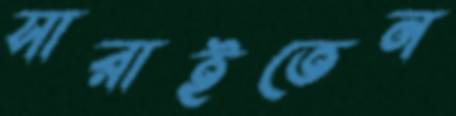
সারাইতেন